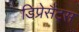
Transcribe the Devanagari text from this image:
डिप्रेसैंट्स